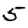
Digit: 5